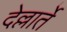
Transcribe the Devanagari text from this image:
देल्लार्ते